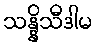
သန္နိသီဒါမ